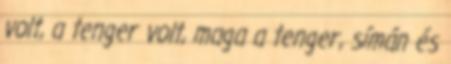
volt, a tenger volt, maga a tenger, símán és